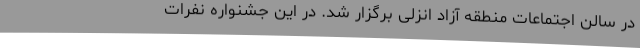
در سالن اجتماعات منطقه آزاد انزلی برگزار شد. در این جشنواره نفرات